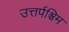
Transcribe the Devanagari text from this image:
उत्तर्पश्चिम